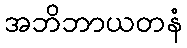
အဘိဘာယတနံ